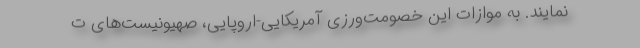
نمایند. به موازات این خصومت‌ورزی آمریکایی-اروپایی، صهیونیست‌های ت